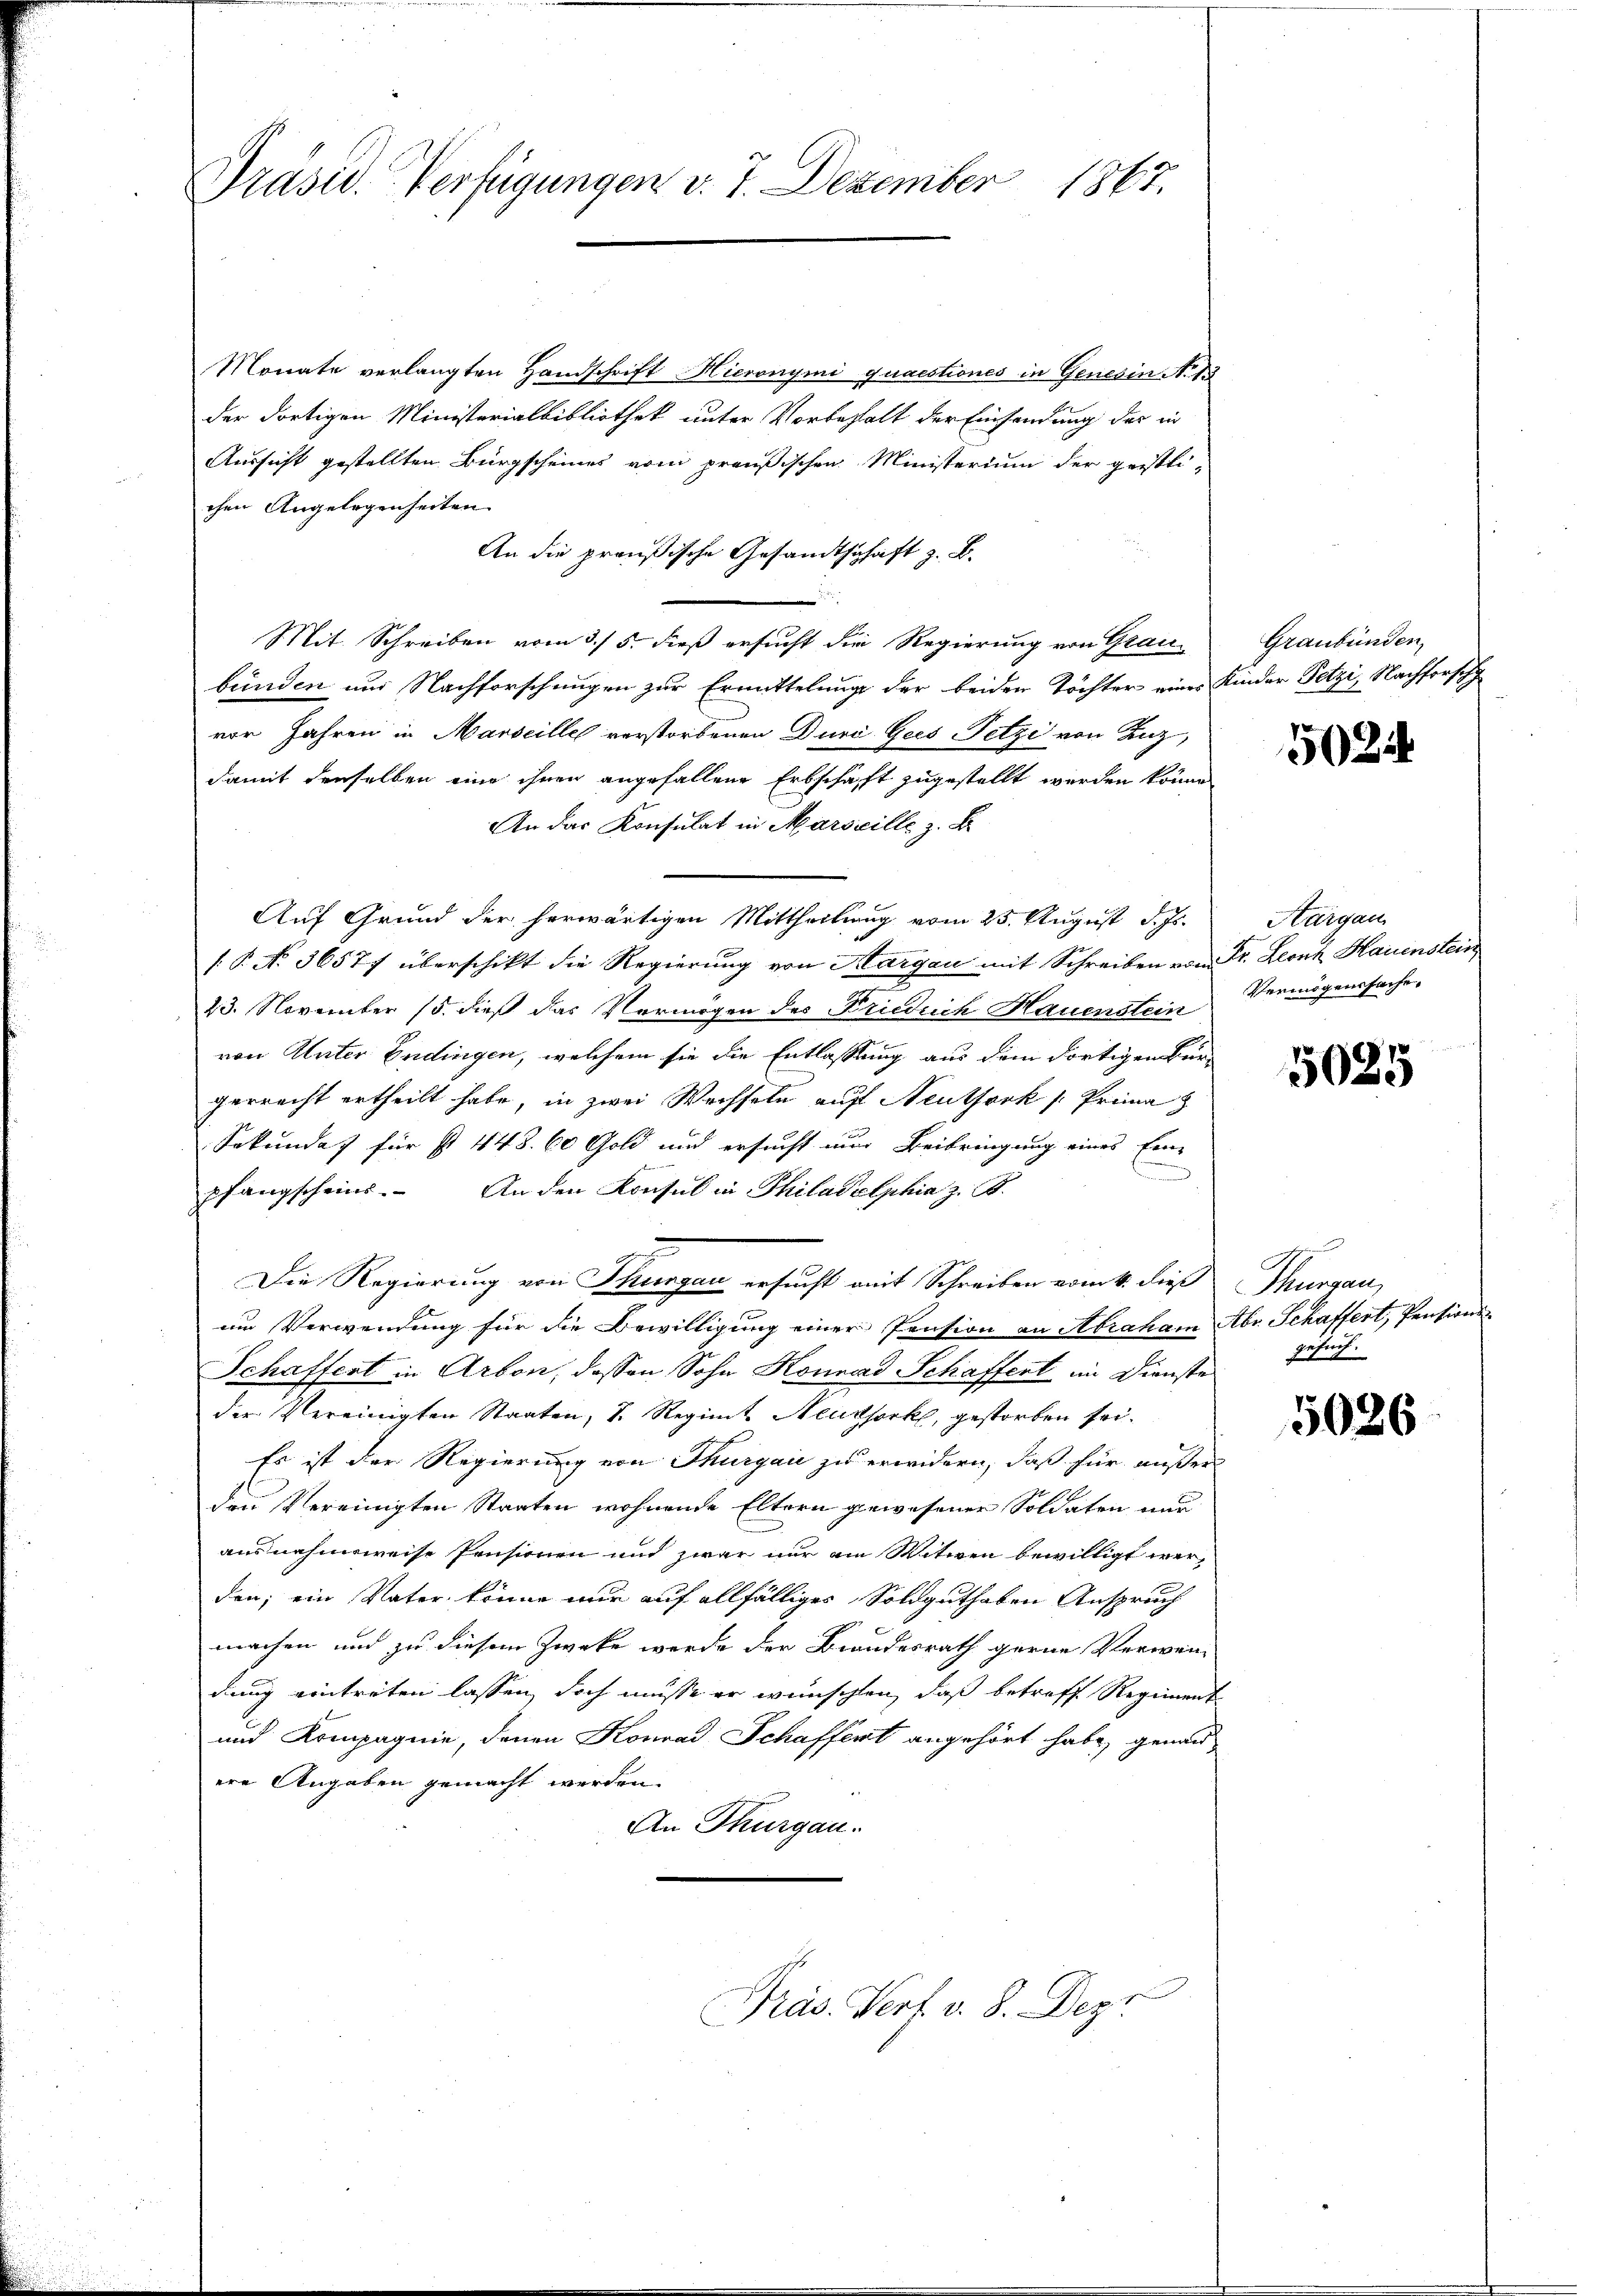
1867.
Präsid. Verfügungen v. 7. Dezember

Monate verlangten Handschrift Hieronymi quaestiones in Genes in No 13
der dortigen Ministerialbibliothek unter Vorbehalt der Einsendung des in
Aussicht gestellten Bürgscheines vom preußischen Ministerium der geistlichen Angelegenheiten
An die preußische Gesandtschaft z. B.
Mit Schreiben vom 3. 5. dieß ersucht die Regierung von Graubünden und Nachforschungen zur Ermittelung der beiden Töchter eines Kinder Petzi, Nachforsch
vor Jahren in Marseille verstorbenen Durc Gees Petze von Luz
damit derselben eine ihnen angefallene Erbschaft zugestellt werden könne
An das Konsulat in Marseille z. B.
Auf Grund der herwärtigen Mittheilung vom 25. August d. Js.
(. P. No 36577 überschikt die Regierung von Margau mit Schreiben vom Dr. Leonz Hauenstein
23. November 15. dieß das Vermögen des Friedrich Hauenstein
von Unter Endingen, welchem sie die Entlassung aus dem dortigen Bürgerrecht ertheilt habe, in zwei Wechseln auf Neutfork (Prima
Sekundat für st 448. 60 Gold und ersucht nun Beibringung eines Ein-
d
pfangscheins. An den Konsul in Philadelphia z. B.
Die Regierung von Thurgau ersucht mit Schreiben vom 4. dieß
um Verwendung für die Bewilligung einer Pension an Abraham Abr. Schaffert, Pensions-
Schaffent in Arbon, dessen Sohn Konrad Schaffent im Dienste
der Vereinigten Staaten, d. Regimt Neuksork, gestorben sei.
Es ist der Regierung von Thurgau zu erwidern, daß für außer
den Vereinigten Staaten wohnende Eltern gewesener Soldaten nur
ausnahmsweise Pensionen und zwar nur ein Witwen bewilligt werden; ein Vater könne nur auf allfälliges Soldguthaben Anspruch
machen und zu diesem Zwecke werde der Brandesrath gerne Verwendung eintreten lassen, doch müsse er wünschen, daß betreff Regiment
und Kompagnie, denen Konrad Schaffent angehört habe, genau-
ere Angaben gemacht werden.
An Thurgau.

Präs. Verf. v. 8. Depr

Graubünden,

50224

Aargau
Vermögenssache,

5025

Thurgau,
gesuch.

5026